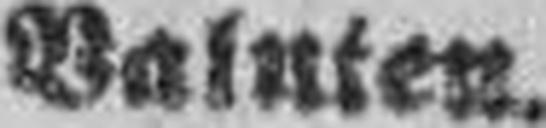
Valnien.